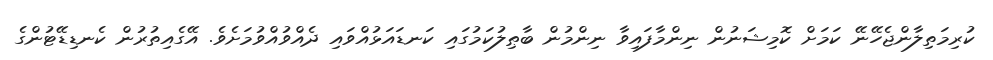
ކުރިމަތިލާންޖެހޭނޭ ކަމަށް ކޮމިޝަނުން ނިންމާފައިވާ ނިންމުން ބާޠިލުކަމުގައި ކަނޑައަޅުއްވައި ދެއްވުއްވުމަށެވެ. އޭގެއިތުރުން ކެނޑިޑޭޓުންގެ